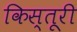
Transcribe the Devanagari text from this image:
किस्तूरी